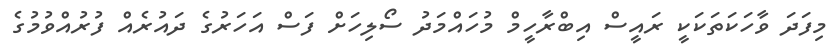
މިފަދަ ވާހަކަތަކަކީ ރައީސް އިބްރާހީމް މުހައްމަދު ސޯލިހަށް ފަސް އަހަރުގެ ދައުރެއް ފުރުއްވުމުގެ